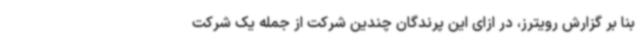
بنا بر گزارش رویترز، در ازای این پرندگان چندین شرکت از جمله یک شرکت